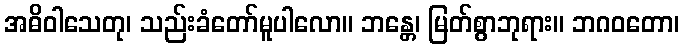
အဓိဝါသေတု၊ သည်းခံတော်မူပါလော။ ဘန္တေ၊ မြတ်စွာဘုရား။ ဘဂဝတော၊